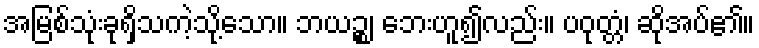
အမြစ်သုံးခုရှိသကဲ့သို့သော။ ဘယဉ္စ၊ ဘေးဟူ၍လည်း။ ပဝုတ္တံ၊ ဆိုအပ်၏။